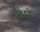
રોડો